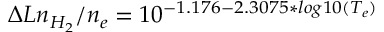
\Delta L n _ { H _ { 2 } } / n _ { e } = 1 0 ^ { - 1 . 1 7 6 - 2 . 3 0 7 5 * l o g 1 0 ( T _ { e } ) }